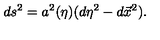
d s ^ { 2 } = a ^ { 2 } ( \eta ) ( d \eta ^ { 2 } - d \vec { x } ^ { 2 } ) .